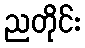
ညတိုင်း